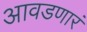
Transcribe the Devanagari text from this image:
आवडणारं